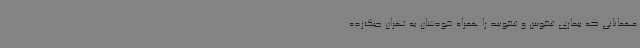
مهمانانی که بیماری تیفوس و تیفویید را همراه خودشان به تهران جنگ‌زده